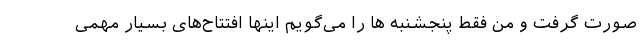
صورت گرفت و من فقط پنجشنبه ها را می‌گویم اینها افتتاح‌های بسیار مهمی